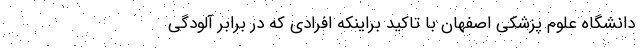
دانشگاه علوم پزشکی اصفهان با تاکید براینکه افرادی که در برابر آلودگی